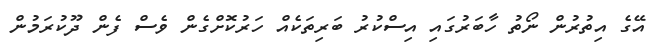
އޭގެ އިތުރުން ނޯތު ހާބަރުގައި އިސްކުރު ބަރިތަކެއް ހަރުކޮށްގެން ވެސް ފެން ދޫކުރަމުން